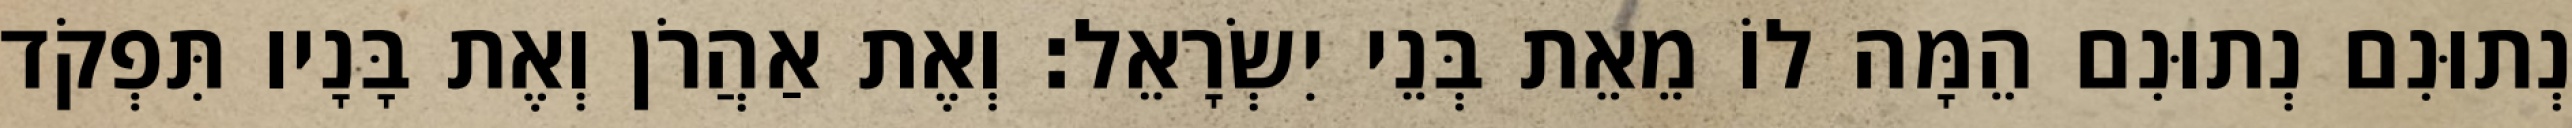
נְתוּנִם נְתוּנִם הֵמָּה לוֹ מֵאֵת בְּנֵי יִשְׂרָאֵל׃ וְאֶת אַהֲרֹן וְאֶת בָּנָיו תִּפְקֹד